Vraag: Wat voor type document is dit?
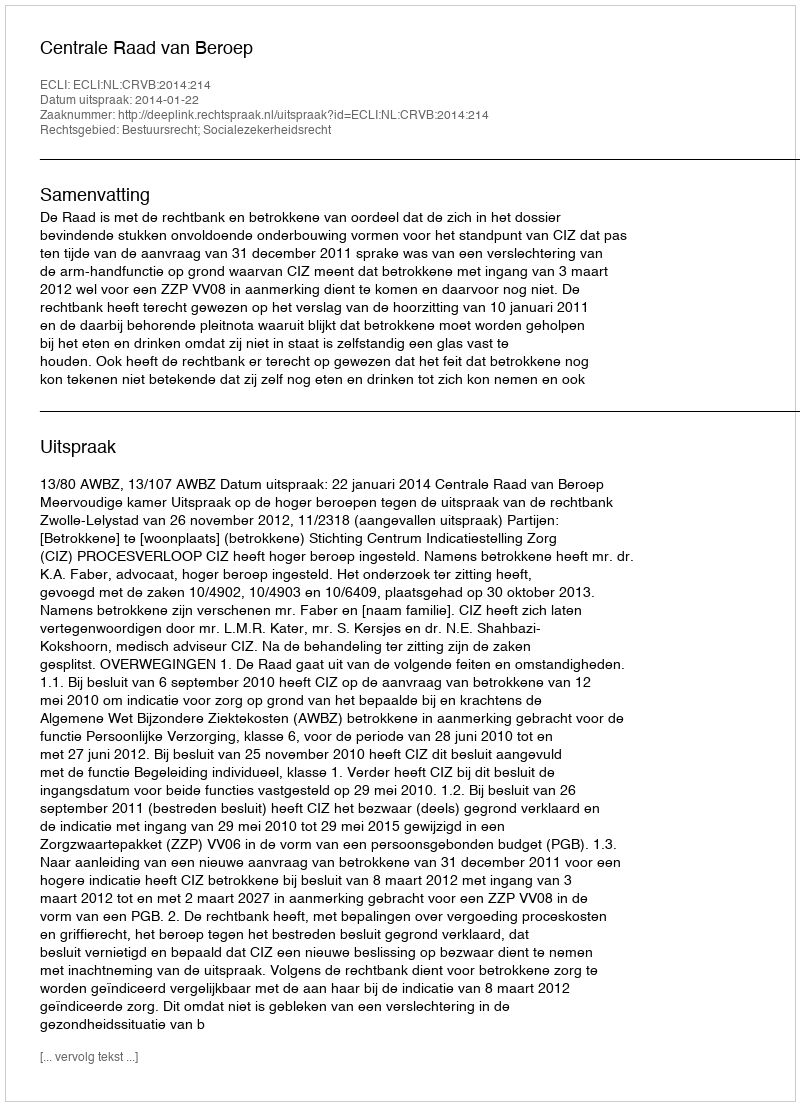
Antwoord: Uitspraak